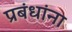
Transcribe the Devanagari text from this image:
प्रबंधांना